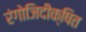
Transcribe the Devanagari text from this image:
रंगोजिदीक्षित